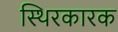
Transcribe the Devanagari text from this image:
स्थिरकारक